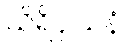
သိရိဝှါယနံ